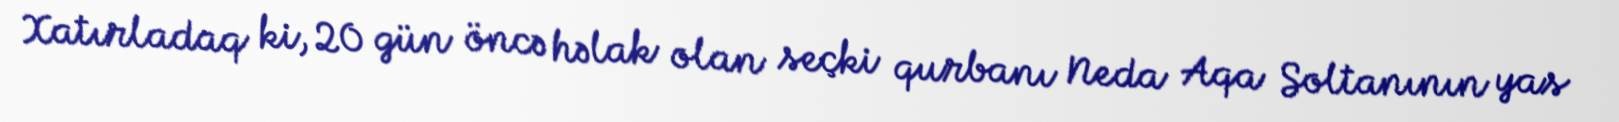
Xatırladaq ki, 20 gün öncə həlak olan seçki qurbanı Neda Aqa Soltanının yas